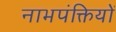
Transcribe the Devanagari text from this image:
नाभपंक्तियों